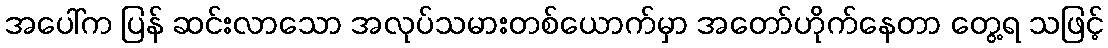
အပေါ်က ပြန် ဆင်းလာသော အလုပ်သမားတစ်ယောက်မှာ အတော်ဟိုက်နေတာ တွေ့ရ သဖြင့်